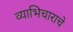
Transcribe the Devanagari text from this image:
व्याभिचाराचे